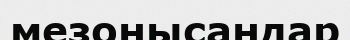
мезонысандар